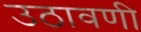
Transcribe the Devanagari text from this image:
उठावणी